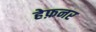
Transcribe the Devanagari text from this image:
हेफ़नर